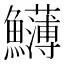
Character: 𩽛